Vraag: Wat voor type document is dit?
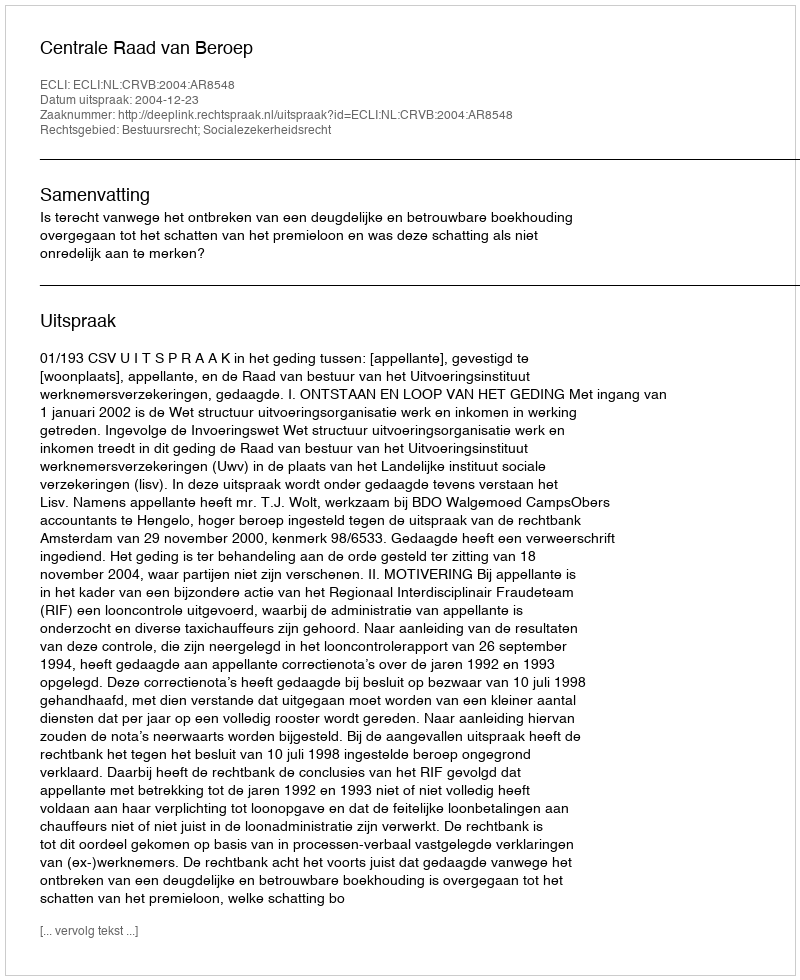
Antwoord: Uitspraak